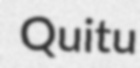
Quitu